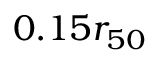
0 . 1 5 r _ { 5 0 }